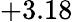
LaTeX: +3.18